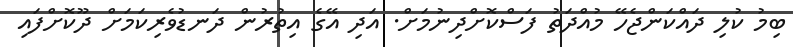
ބިމު ކުލި ދައްކަންޖެހޭ މުއްދަތު ފަސްކޮށްދިނުމަށް. އަދި އޭގެ އިތުރުން ދަނޑުވެރިކަމަށް ދޫކޮށްފައި